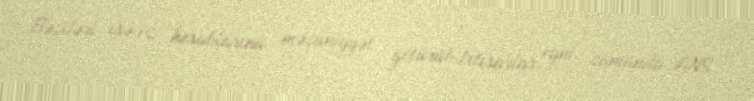
Bəziləri isə öz hesablarına məzuniyyət götürüb.İxtisarlar eyni zamanda ANS